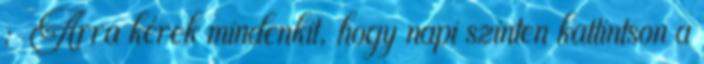
: Arra kérek mindenkit, hogy napi szinten kattintson a